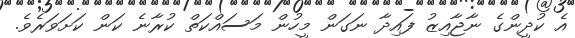
އެ ކުދީންގެ ނާޖާއިޒު ފައިދާ ނަގަން މީހުން މަސައްކަތް ކުރާނެ ކަން ކަށަވަރެވެ.